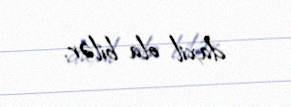
daxil ola bilər.